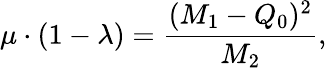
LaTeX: \mu\cdot(1-\lambda)=\frac{(M_{1}-Q_{0})^{2}}{M_{2}},